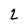
Character: 2